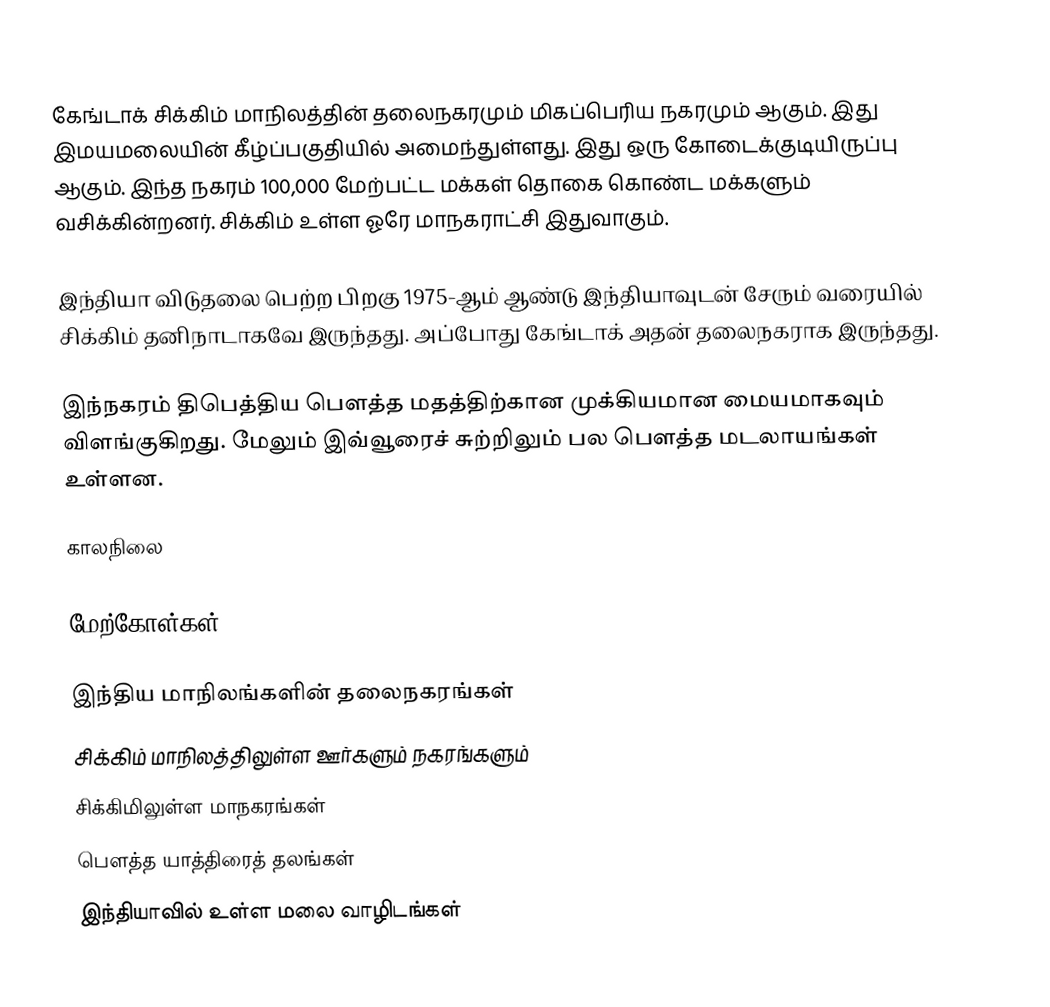
கேங்டாக் சிக்கிம் மாநிலத்தின் தலைநகரமும் மிகப்பெரிய நகரமும் ஆகும். இது இமயமலையின் கீழ்ப்பகுதியில் அமைந்துள்ளது. இது ஒரு கோடைக்குடியிருப்பு ஆகும். இந்த நகரம் 100,000 மேற்பட்ட மக்கள் தொகை கொண்ட மக்களும்  வசிக்கின்றனர். சிக்கிம் உள்ள ஓரே மாநகராட்சி இதுவாகும்.

இந்தியா விடுதலை பெற்ற பிறகு 1975-ஆம் ஆண்டு இந்தியாவுடன் சேரும் வரையில் சிக்கிம் தனிநாடாகவே இருந்தது. அப்போது கேங்டாக் அதன் தலைநகராக இருந்தது.

இந்நகரம் திபெத்திய பௌத்த மதத்திற்கான முக்கியமான மையமாகவும் விளங்குகிறது. மேலும் இவ்வூரைச் சுற்றிலும் பல பௌத்த மடலாயங்கள் உள்ளன.

காலநிலை

மேற்கோள்கள்

இந்திய மாநிலங்களின் தலைநகரங்கள்
சிக்கிம் மாநிலத்திலுள்ள ஊர்களும் நகரங்களும்
சிக்கிமிலுள்ள மாநகரங்கள்
பௌத்த யாத்திரைத் தலங்கள்
இந்தியாவில் உள்ள மலை வாழிடங்கள்